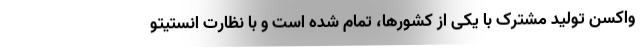
واکسنِ تولید مشترک با یکی از کشورها، تمام شده است و با نظارت انستیتو